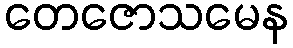
တေဇောသမေန